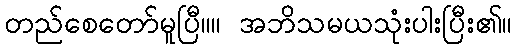
တည်စေတော်မူပြီ။။ အဘိသမယသုံးပါးပြီး၏။